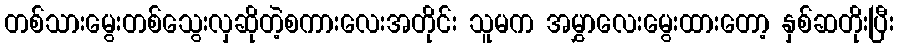
တစ်သားမွေးတစ်သွေးလှဆိုတဲ့စကားလေးအတိုင်း သူမက အမွှာလေးမွေးထားတော့ နှစ်ဆတိုးပြီး